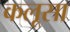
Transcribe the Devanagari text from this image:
कलूसा